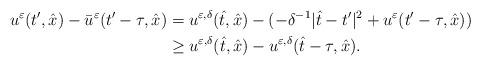
LaTeX: \begin{align*}u^\varepsilon(t',\hat{x})-\bar{u}^\varepsilon(t'-\tau,\hat{x})&=u^{\varepsilon,\delta}(\hat{t},\hat{x})-(-\delta^{-1}|\hat{t}-t'|^2+u^\varepsilon(t'-\tau,\hat{x}))\\&\ge u^{\varepsilon,\delta}(\hat{t},\hat{x})-u^{\varepsilon,\delta}(\hat{t}-\tau,\hat{x}).\end{align*}